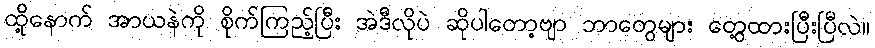
ထို့နောက် အာယနဲကို စိုက်ကြည့်ပြီး အဲဒီလိုပဲ ဆိုပါတော့ဗျာ ဘာတွေများ တွေ့ထားပြီးပြီလဲ။